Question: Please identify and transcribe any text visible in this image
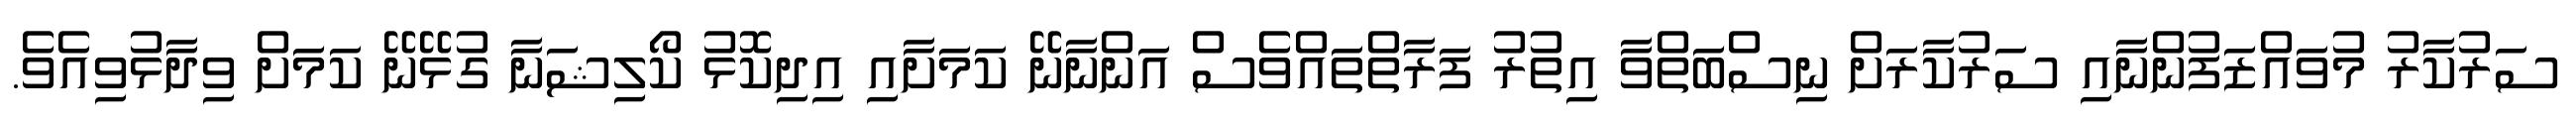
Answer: ސަރުކާރު މުވައްޒަފުންނާއި ސަރުކާރަށް ނިސްބަތްވާ އިތުރު ފަރާތްތައްވެސް އަންނާނޭ ކަމަށާއި އިދިކޮޅު ކޯލިޝަނާ ގުޅޭނޭ ކަމަށް ވިދާޅުވިއެވެ.